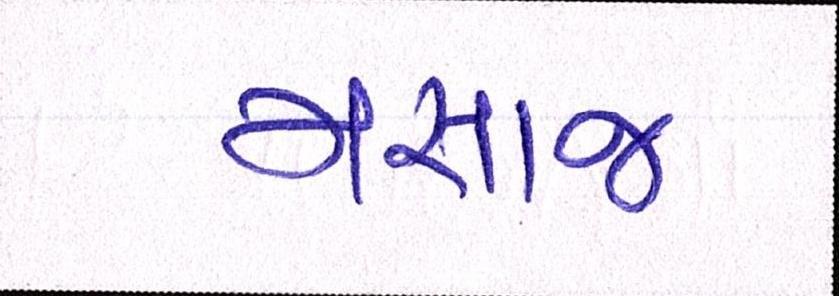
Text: મસાજ